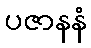
ပဇာနနံ